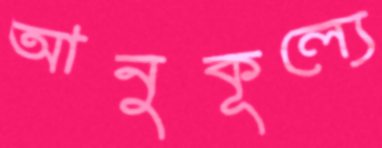
আনুকূল্যে